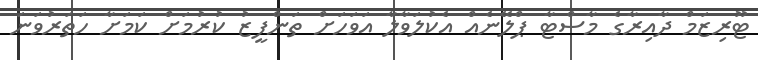
ޓޫރިޒަމް ދާއިރާގެ މާސްޓާ ޕްލޭނެއް އެކުލަވާލާ އަވަހަށް ތަންފީޒު ކުރުމަށް ކަމަށާ ހަތަރުވަނަ